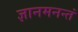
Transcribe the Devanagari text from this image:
ज्ञानमनन्तं